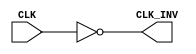
module InvertingClockBuffer (
    input wire CLK,        // Input clock signal
    output wire CLK_INV    // Inverted clock signal
);

// Inversion of the clock signal
assign CLK_INV = ~CLK;

endmodule